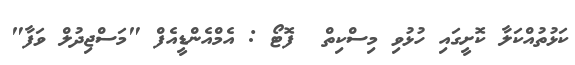
ކަޅުތުއްކަލާ ކޮށީގައި ހުޅުވި މިސްކިތް  ފޮޓޯ : އެމްއެންޑީއެފް "މަސްޖިދުލް ވަފާ"